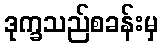
ဒုက္ခသည်စခန်းမှ